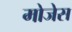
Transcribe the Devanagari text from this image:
मोजेस